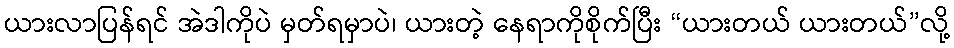
ယားလာပြန်ရင် အဲဒါကိုပဲ မှတ်ရမှာပဲ၊ ယားတဲ့ နေရာကိုစိုက်ပြီး “ယားတယ် ယားတယ်”လို့